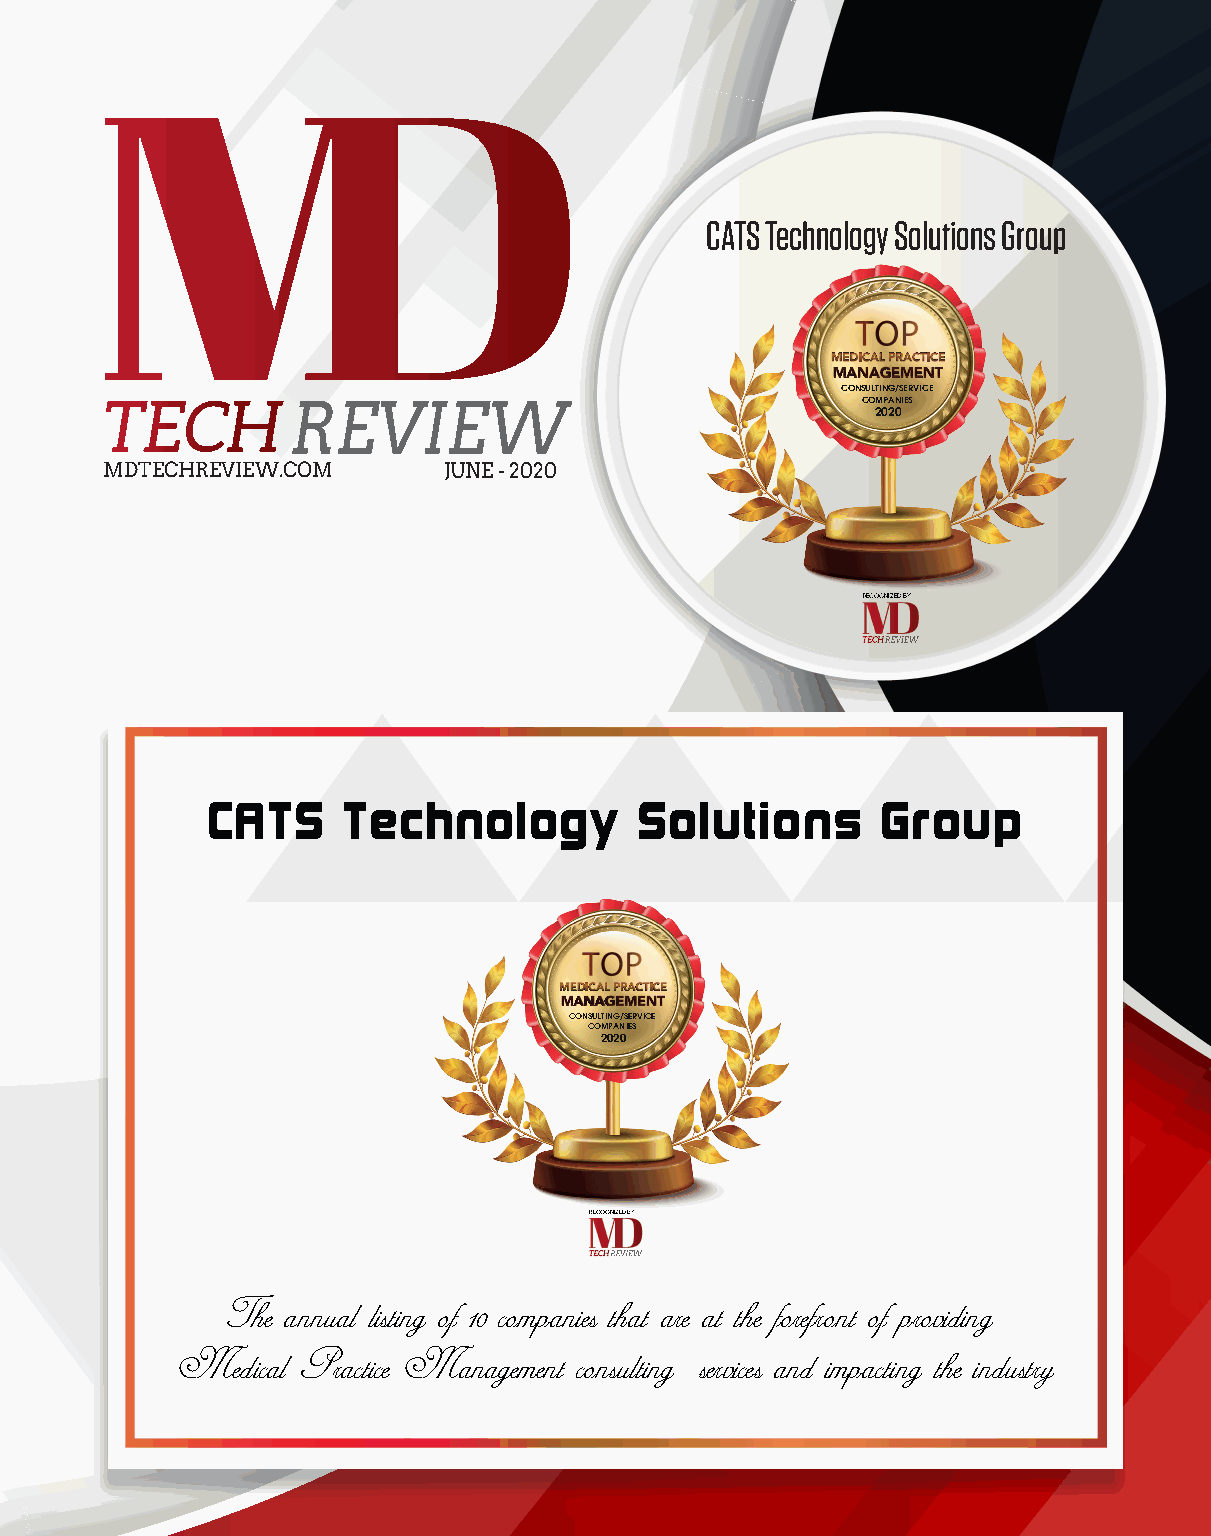
CATS Technology Solutions Group
 MMMEEEDDDIIICCCAAALLL PPPRRRAAACCCTTTIIICCCEEE
 MMMAAANNNAAAGGGEEEMMMEEENNNTTT
 CONSULTING/SERVICE
 COMPANIES
 2020
 MDTECHREVIEW.COM      JUNE - 2020
 RECOGNIZED BY
 CATS     Technology         Solutions       Group
 MMMEEEDDDIIICCCAAALLL PPPRRRAAACCCTTTIIICCCEEE
 MMMAAANNNAAAGGGEEEMMMEEENNNTTT
 CONSULTING/SERVICE
 COMPANIES
 2020
 RECOGNIZED BY
 The annual listing of 10 companies that are at the forefront of providing
 Medical Practice Management consulting/services and impacting the industry